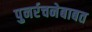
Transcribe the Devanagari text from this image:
पुनर्रचनेबाबत